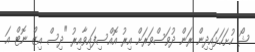
ޝޯ ހުށަހަޅައިދިން ރަން ދުވަސްވަރަށް އިރު އޮއްސިފައިވާއިރު "ދިސް އިޒް ނޮޓް އަ